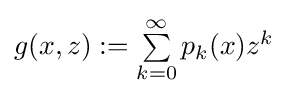
{\textstyle g(x,z):=\sum \limits _{k=0}^{\infty }p_{k}(x)z^{k}}